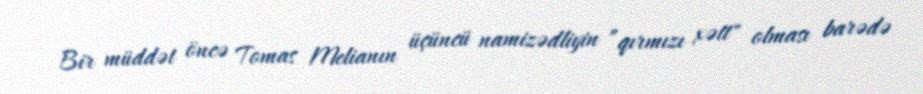
Bir müddət öncə Tomas Melianın üçüncü namizədliyin ”qırmızı xətt" olması barədə